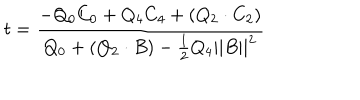
t = { \frac { - Q _ { 0 } C _ { 0 } + Q _ { 4 } C _ { 4 } + ( Q _ { 2 } \cdot C _ { 2 } ) } { Q _ { 0 } + ( Q _ { 2 } \cdot B ) - { \frac { 1 } { 2 } } Q _ { 4 } | | B | | ^ { 2 } } }